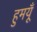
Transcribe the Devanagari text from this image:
हुमयूँ